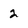
Character: 2